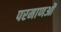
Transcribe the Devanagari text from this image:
परमाणओं